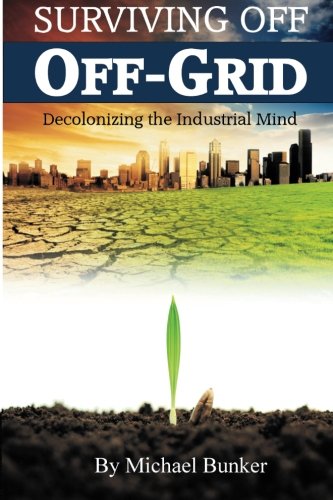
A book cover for Surviving Off Off-Grid: Decolonizing the Industrial Mind; Michael Bunker; Christian Books & Bibles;